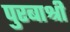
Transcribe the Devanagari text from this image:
पुरबाश्री